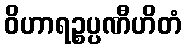
ဝိဟာရဉ္စပ္ပဏီဟိတံ